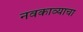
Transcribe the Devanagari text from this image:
नवकाव्याचा